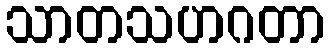
သာတသဟဂတာ